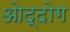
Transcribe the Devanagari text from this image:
ओद्दोग